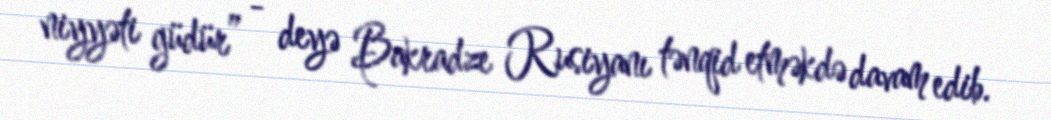
niyyəti güdür” - deyə Bakradze Rusiyanı tənqid etməkdə davam edib.